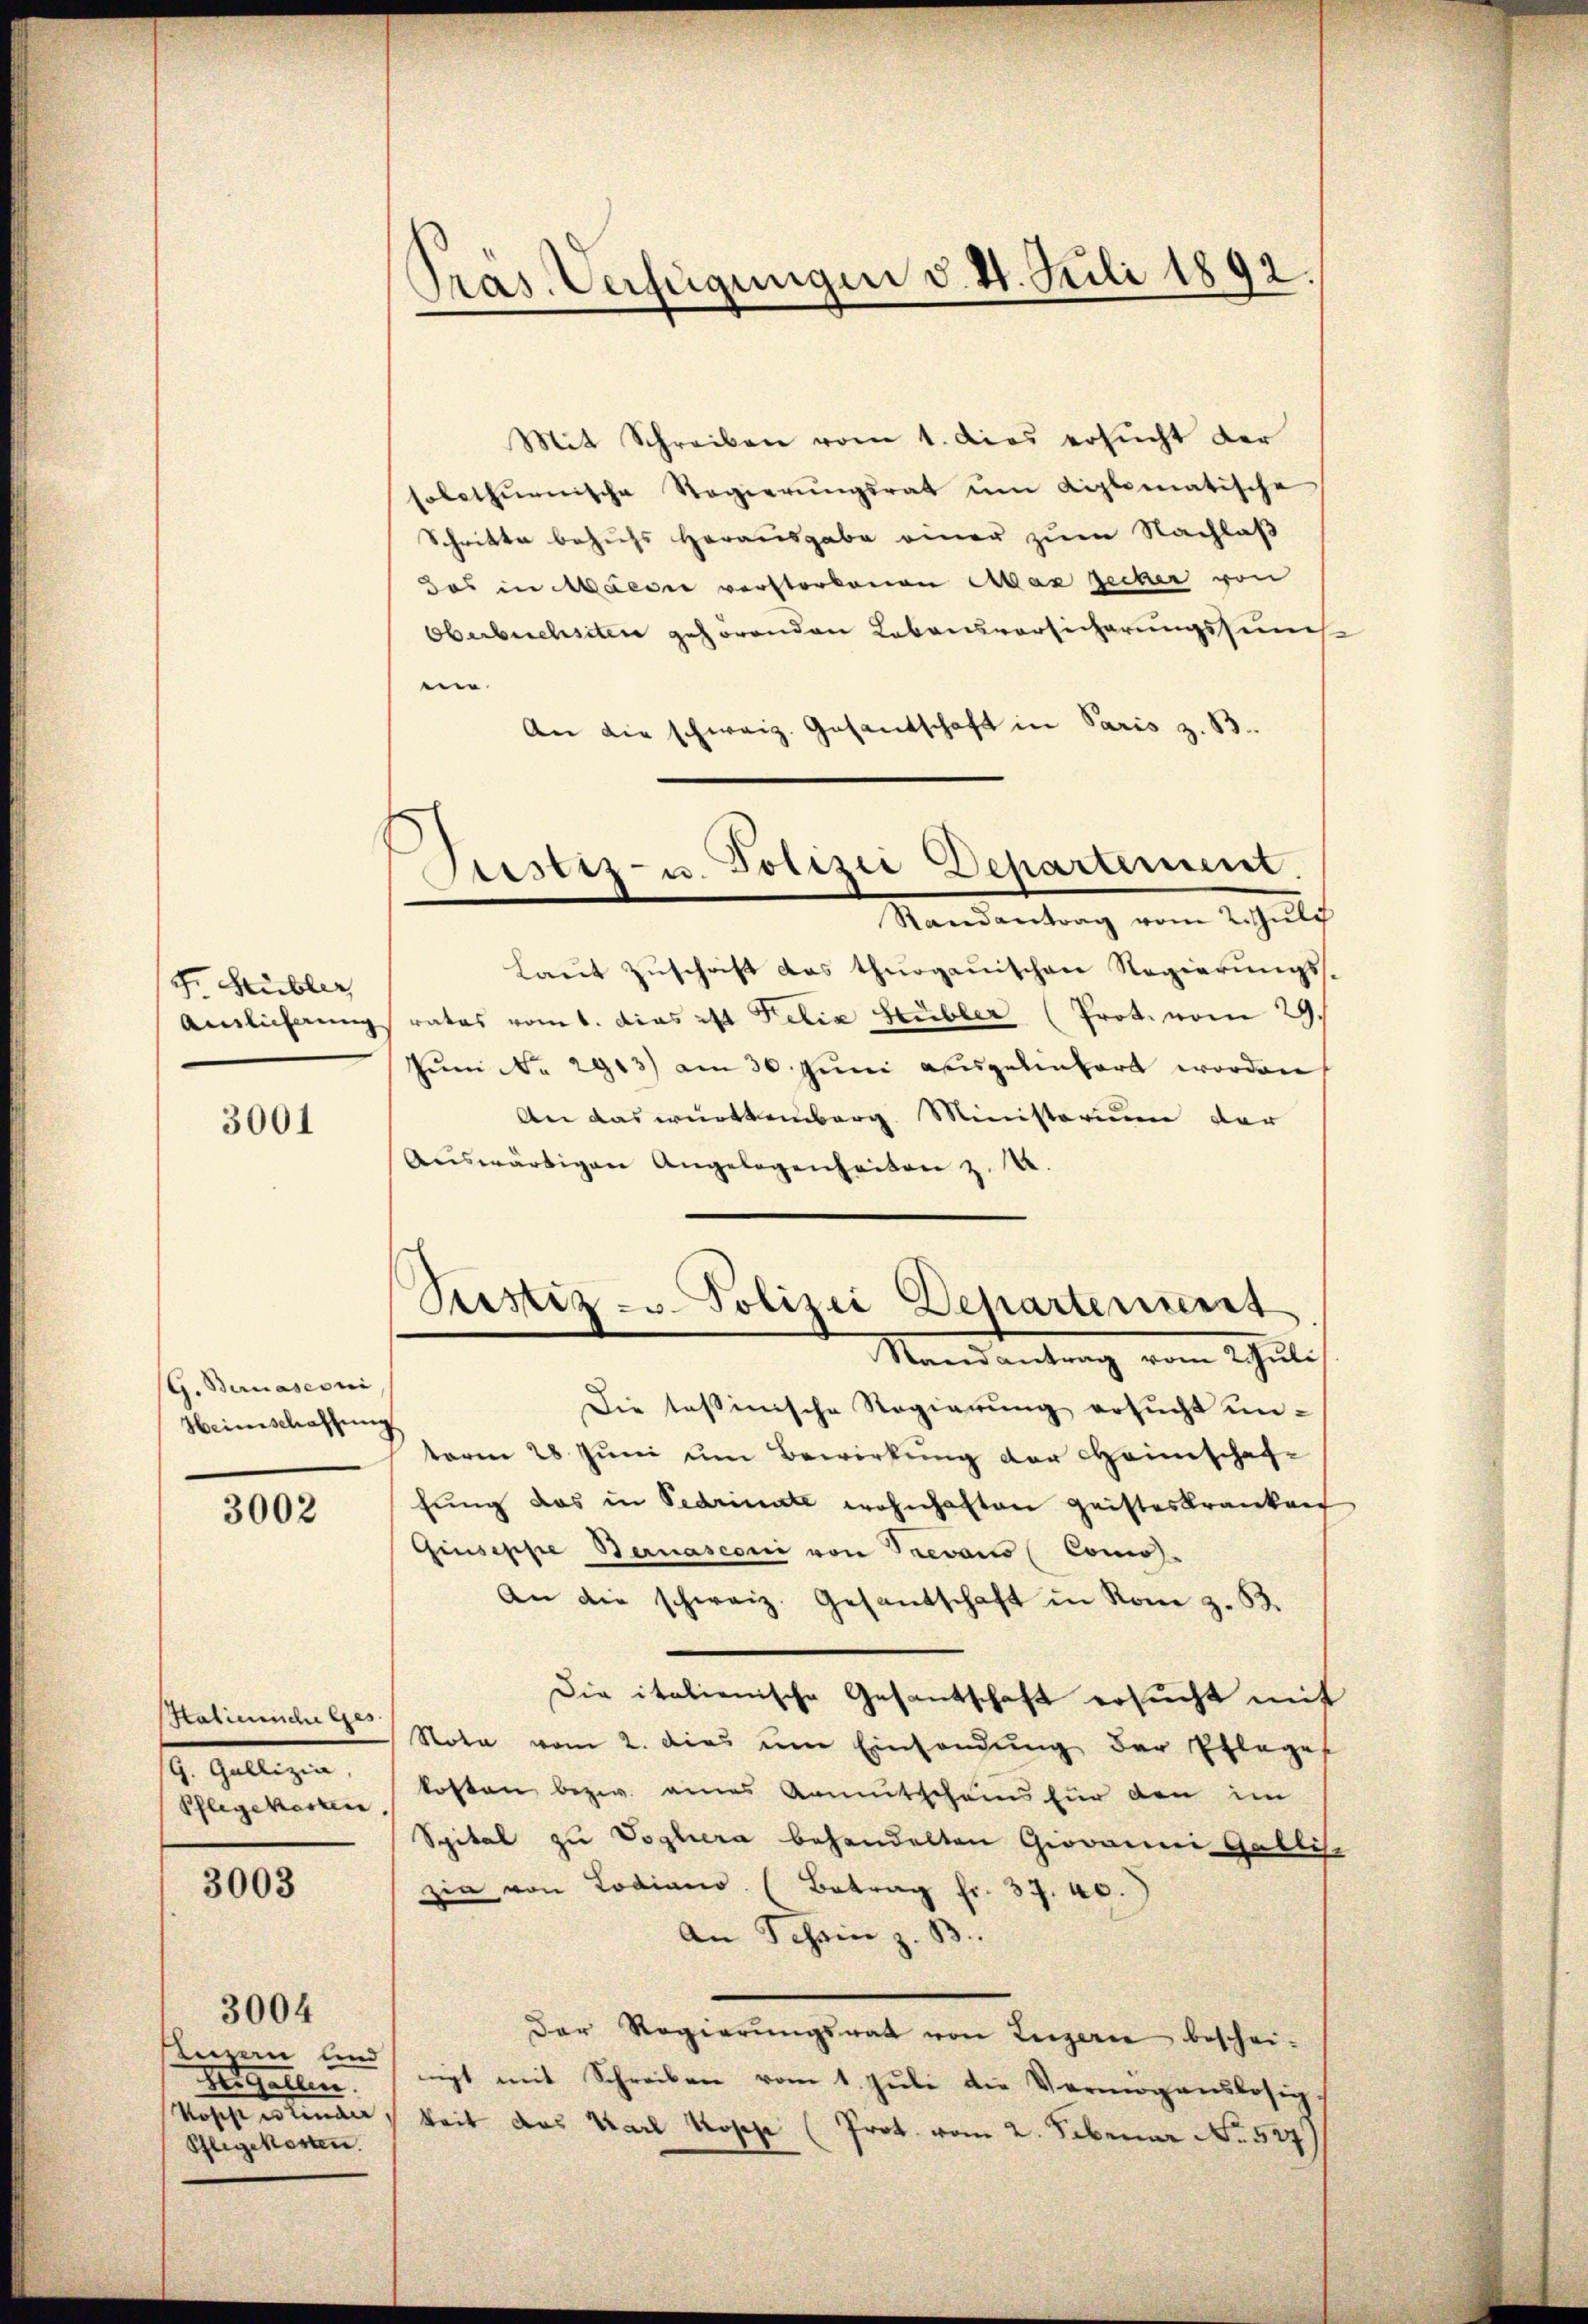
F. Stübler

3001

G. Bernasconi
Heinschaffung

3002

Patiennd Ges.
(G. Gallizia,
Pflegewesen.

3003

Vergallen.
Kosche erlinen
Pflegekosten.

3004

Pras Verfügungen d. 21. Juli 1892.

Stsetz- u. Polizei Departement.
Randantrag vom 2. Juli

Mit Schreiben vom 1. dies ersŭcht der
polothurnische Regierŭngsrat ŭm diplomatische
Schritte beziehs Herausgabe einer zum Nachlaß
Das in Maedie verstorbenen Max zecher von
Oberbuchsten gehörenden Lebensvorsicherungssun
e
An die schweiz. Gesantschaft in Paris z. B.
Laut Zuschrift das thurgauischen Regierungs¬
Amlicherung rates vom 1. das ist Felix Heübler (Prot. vom 29.
Jŭm No. 2913) am 30. Juni ausgelinhart worden
An das württemberg Ministerium der
Aŭswärtigen Angelegenheiten z. B.
Pustiz- u. Polizei Departererst
Randantrag vom 2 Juli
Die tessinische Regierung ersucht untaren 28 Juni um Bewirkung der Heimschaffung das in Bedrimite wohnhaften Geisteskranken
Giuseppe Bernasconi von Trevars (Comos.
An die schweiz. Gesantschaft in Rom z. B.
Die italienische Gesantschaft ersucht mit
Nota vom 2. dies im Einsendŭng der Pflege
kosten bezw. eines Armutschein für den im
Spital zu Voglera behandelten Giovanni Gäblich
zia von Lodiano (Betrag Fr. 37. 48.
An Schein z. B.
Der Regierŭngsrat von Luzerne beschei-
ezau ist mit Schreiben vom 1. Jŭli die Vermögenslosigkeit das Karl Kopp (Prot. vom 2. Februar No. 527